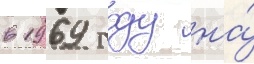
в 1969 году на́